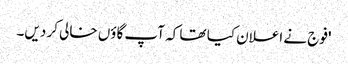
'فوج نے اعلان کیا تھا کہ آپ گاؤں خالی کر دیں۔